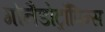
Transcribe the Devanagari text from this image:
गोनैडोट्रॉपिन्स